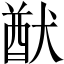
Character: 猷